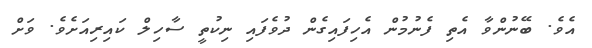
އެވެ. ބޭނުންވާ އެތި ފެނުމުން އެހިފައިގެން ދުވެފައި ނިކުތީ ސާހިލް ކައިރިއަށެވެ. ވަށް